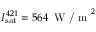
\ensuremath { I _ { \mathrm { s a t } } } ^ { 4 2 1 } = 5 6 4 \, \textrm { W / m } ^ { 2 }